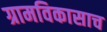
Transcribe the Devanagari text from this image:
ग्रामविकासाच